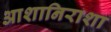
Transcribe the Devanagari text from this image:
आशानिराशा